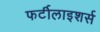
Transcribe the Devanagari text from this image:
फर्टीलाइशर्स